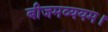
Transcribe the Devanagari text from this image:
बीजमव्ययम।